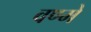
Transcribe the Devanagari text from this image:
वण्मे